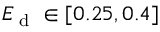
E _ { \textrm { d } } \in [ 0 . 2 5 , 0 . 4 ]